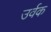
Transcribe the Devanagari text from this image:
उर्वक